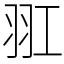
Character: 羾